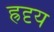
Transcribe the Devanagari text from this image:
ह्रदृय